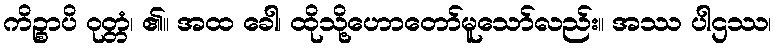
ကိဉ္စာပိ ဝုတ္တံ၊ ၏။ အထ ခေါ၊ ထိုသို့ဟောတော်မူသော်လည်း။ အဿ ပါဌဿ၊